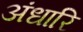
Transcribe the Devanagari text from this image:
अंधारि